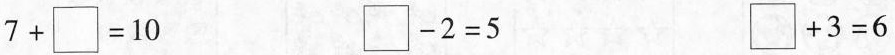
$$7 + \Box = 1 0$$ $$\Box - 2 = 5$$ $$\Box + 3 = 6$$